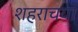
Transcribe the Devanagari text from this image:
शहराचया